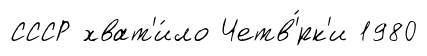
СССР хват'и́ло Четв'́рк'и 1980